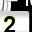
Digit: 2